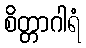
စိတ္တာဂါရံ